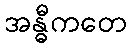
အန္ဓီကတေ